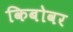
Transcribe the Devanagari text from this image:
किबोवर